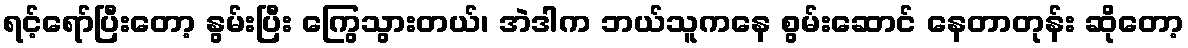
ရင့်ရော်ပြီးတော့ နွမ်းပြီး ကြွေသွားတယ်၊ အဲဒါက ဘယ်သူကနေ စွမ်းဆောင် နေတာတုန်း ဆိုတော့